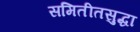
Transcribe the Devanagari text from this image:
समितीतसुद्धा